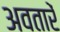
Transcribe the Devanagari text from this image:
अवतारें